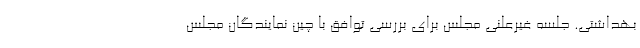
بهداشتی. جلسه غیرعلنی مجلس برای بررسی توافق با چین نمایندگان مجلس